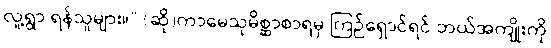
လူ့ရွာ ရန်သူများ။” (ဆို)ကာမေသုမိစ္ဆာစာရမှ ကြဉ်ရှောင်ရင် ဘယ်အကျိုးကို